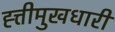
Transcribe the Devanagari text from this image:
ह्त्तीमुखधारी